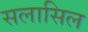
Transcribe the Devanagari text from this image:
सलासिल